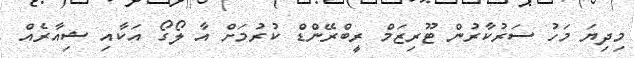
މިދިޔަ މަހު ސަރުކާރުން ޓޫރިޒަމް ރީބްރޭންޑް ކުރުމަށް އާ ލޯގޯ އަކާއި ޝިއާރެއް